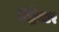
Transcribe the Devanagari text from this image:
अट्रैक्टर